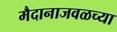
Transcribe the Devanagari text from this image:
मैदानाजवळच्या